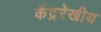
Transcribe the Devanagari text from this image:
केंद्ररेखीय